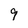
Character: 9